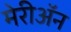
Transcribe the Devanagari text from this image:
मेरीॲन